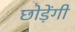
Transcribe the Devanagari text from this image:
छोड़ेंगी